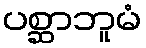
ပစ္ဆာဘူမံ